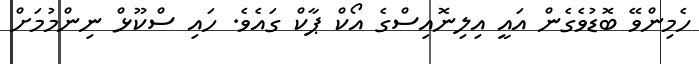
ހެމިންވޭ ބޮޑުވެގެން އައީ އިލިނޮއިސްގެ އޯކް ޕާކް ގައެވެ. ހައި ސްކޫޅް ނިންމުމަށް